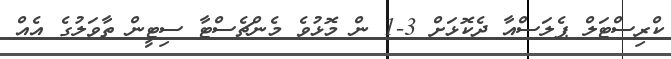
ކްރިސްޓަލް ޕެލަސްއާ ދެކޮޅަށް 3-1 ން މޮޅުވެ މެންޗެސްޓާ ސިޓީން ތާވަލުގެ އެއް